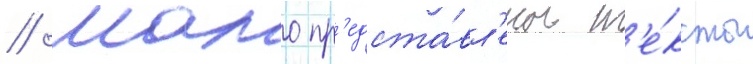
// Мало пр'едста́вл'ены т'е́ксты